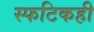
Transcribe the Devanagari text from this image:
स्फटिकही